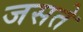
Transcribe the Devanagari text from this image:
जसते